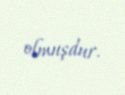
olmuşdur.